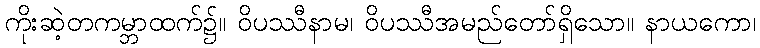
ကိုးဆဲ့တကမ္ဘာထက်၌။ ဝိပဿီနာမ၊ ဝိပဿီအမည်တော်ရှိသော။ နာယကော၊